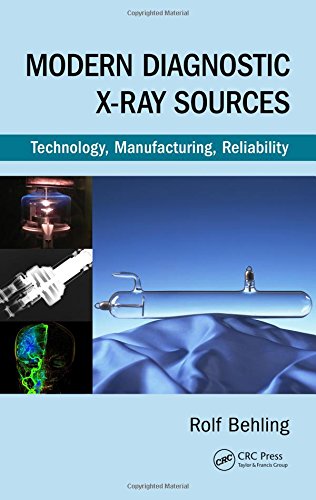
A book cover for Modern Diagnostic X-Ray Sources: Technology, Manufacturing, Reliability; Rolf Behling; Science & Math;